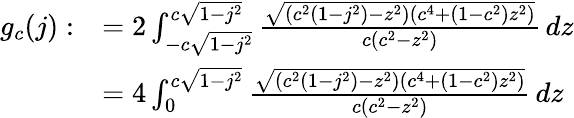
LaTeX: \begin{array}{rl}{g_{c}(j):}&{=2\int_{-c\sqrt{1-j^{2}}}^{c\sqrt{1-j^{2}}}\frac{\sqrt{(c^{2}(1-j^{2})-z^{2})(c^{4}+(1-c^{2})z^{2})}}{c(c^{2}-z^{2})}\, dz}\\ &{=4\int_{0}^{c\sqrt{1-j^{2}}}\frac{\sqrt{(c^{2}(1-j^{2})-z^{2})(c^{4}+(1-c^{2})z^{2})}}{c(c^{2}-z^{2})}\, dz}\end{array}